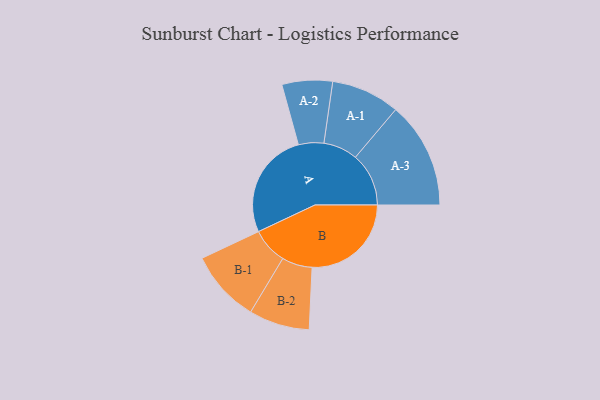
{"axis": {"x": "Segment", "y": "Value"}, "legend": ["", "A", "B"], "data": [{"x": "A", "y": 461, "type": ""}, {"x": "B", "y": 428, "type": ""}, {"x": "A-1", "y": 148, "type": "A"}, {"x": "A-2", "y": 109, "type": "A"}, {"x": "A-3", "y": 230, "type": "A"}, {"x": "B-1", "y": 156, "type": "B"}, {"x": "B-2", "y": 131, "type": "B"}]}